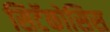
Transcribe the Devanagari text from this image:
सिटॅकोसिस